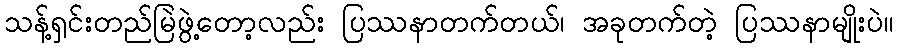
သန့်ရှင်းတည်မြဲဖွဲ့တော့လည်း ပြဿနာတက်တယ်၊ အခုတက်တဲ့ ပြဿနာမျိုးပဲ။